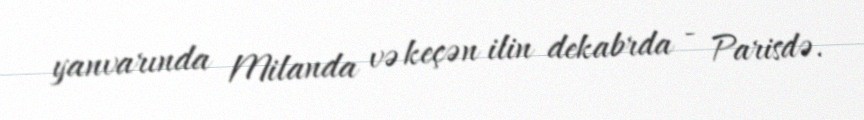
yanvarında Milanda və keçən ilin dekabrda - Parisdə.